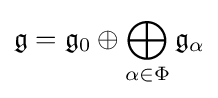
{\mathfrak {g}}={\mathfrak {g}}_{0}\oplus \bigoplus _{\alpha \in \Phi }{\mathfrak {g}}_{\alpha }